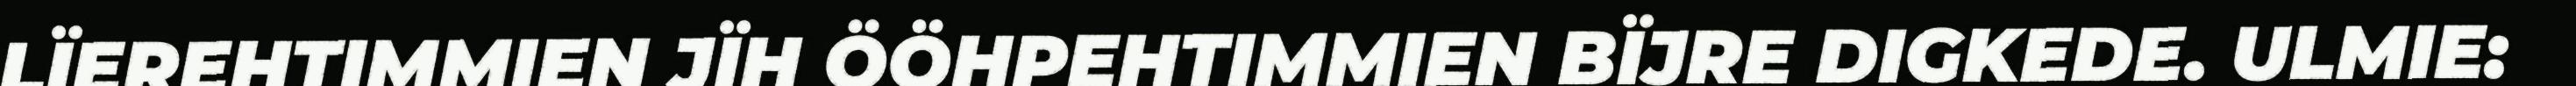
LÏEREHTIMMIEN JÏH ÖÖHPEHTIMMIEN BÏJRE DIGKEDE. ULMIE: